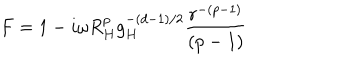
LaTeX: F = 1 - i \omega R _ { H } ^ { p } g _ { H } ^ { - ( d - 1 ) / 2 } { \frac { r ^ { - ( p - 1 ) } } { ( p - 1 ) } }